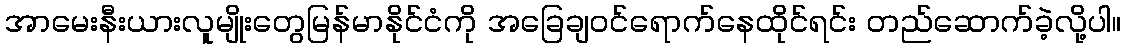
အာမေးနီးယားလူမျိုးတွေမြန်မာနိုင်ငံကို အခြေချဝင်ရောက်နေထိုင်ရင်း တည်ဆောက်ခဲ့လို့ပါ။